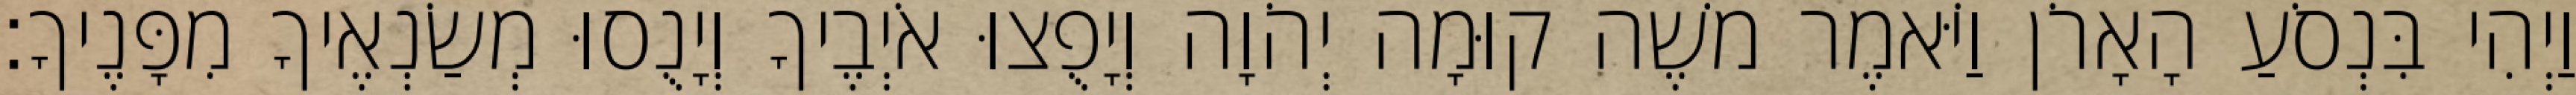
וַיְהִי בִּנְסֹעַ הָאָרֹן וַיֹּאמֶר משֶׁה קוּמָה יְהֹוָה וְיָפֻצוּ אֹיְבֶיךָ וְיָנֻסוּ מְשַׂנְאֶיךָ מִפָּנֶיךָ׃